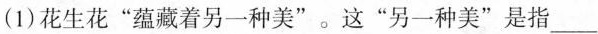
（1）花生花”蕴藏着另一种美”。这”另一种美”是指___